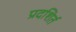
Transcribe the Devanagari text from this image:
प्रदशिर्त